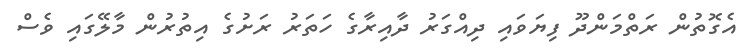
އެގޮތުން ރަތްމަންދޫ ފިޔަވައި ދިއްގަރު ދާއިރާގެ ހަތަރު ރަށުގެ އިތުރުން މާލޭގައި ވެސް